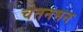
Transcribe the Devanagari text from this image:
चेतनमन